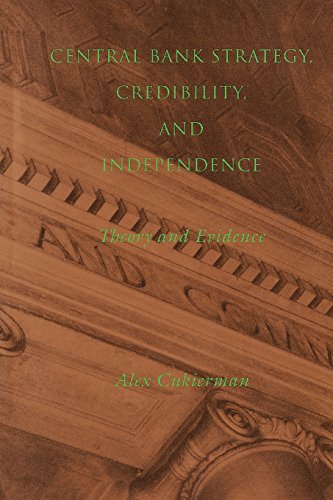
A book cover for Central Bank Strategy, Credibility, and Independence: Theory and Evidence; Alex Cukierman; Business & Money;